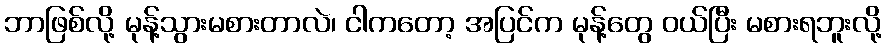
ဘာဖြစ်လို့ မုန့်သွားမစားတာလဲ၊ ငါကတော့ အပြင်က မုန့်တွေ ဝယ်ပြီး မစားရဘူးလို့